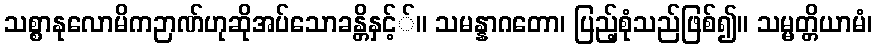
သစ္စာနုလောမိကဉာဏ်ဟုဆိုအပ်သောခန္တိနှင့််။ သမန္နာဂတော၊ ပြည့်စုံသည်ဖြစ်၍။ သမ္မတ္တိယာမံ၊